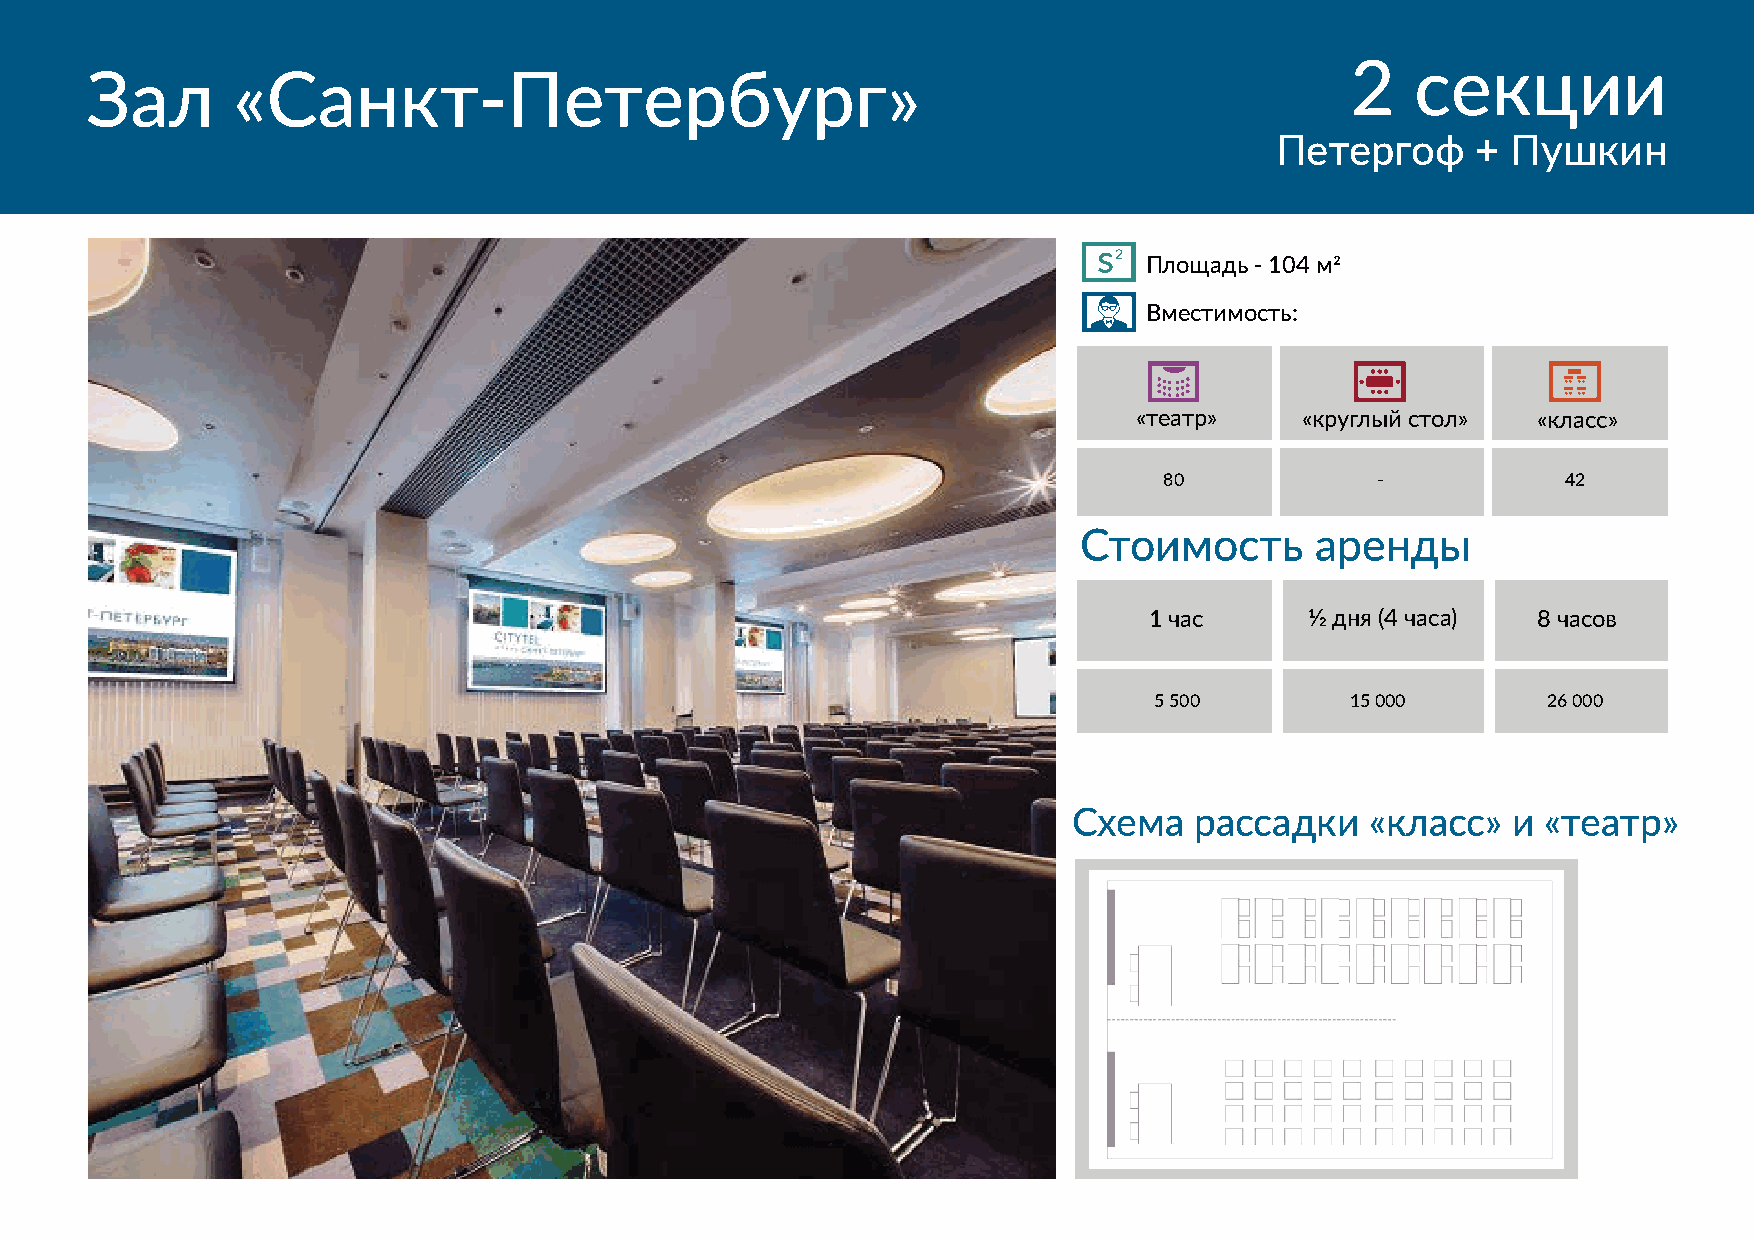
2    секции
 Зал      «Санкт-Петербург»
 Петергоф      + Пушкин
 s2
 Площадь - 104 м2
 Вместимость:
 «театр»    «круглый стол»  «класс»
 80            -            42
 Стоимость      аренды
 1 час      1⁄2 дня (4 часа) 8 часов
 5 500        15 000       26 000
 Схема   рассадки    «класс»  и «театр»